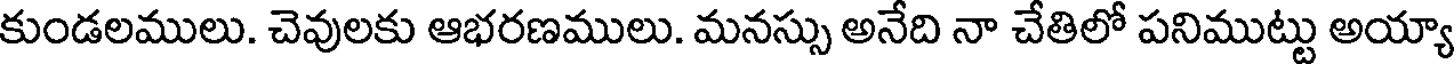
కుండలములు. చెవులకు ఆభరణములు. మనస్సు అనేది నా చేతిలో పనిముట్టు అయ్యా